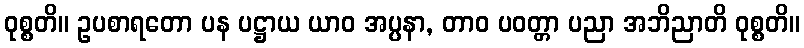
ဝုစ္စတိ။ ဥပစာရတော ပန ပဋ္ဌာယ ယာဝ အပ္ပနာ, တာဝ ပဝတ္တာ ပညာ အဘိညာတိ ဝုစ္စတိ။